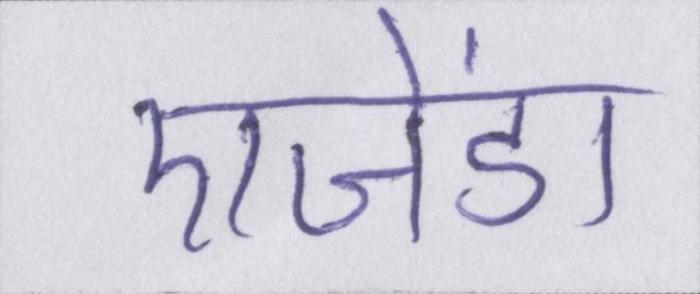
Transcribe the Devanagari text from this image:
एजेंडा